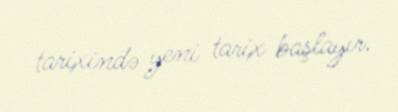
tarixində yeni tarix başlayır.